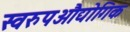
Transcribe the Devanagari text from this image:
स्वरुपऔद्योगिक